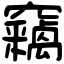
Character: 竊